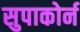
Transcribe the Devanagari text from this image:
सुपाकोर्न